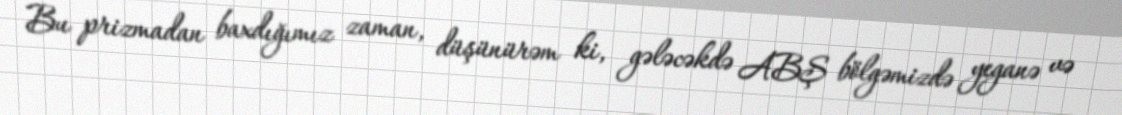
Bu prizmadan baxdığımız zaman, düşünürəm ki, gələcəkdə ABŞ bölgəmizdə yeganə və